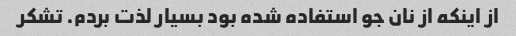
از اینکه از نان جو استفاده شده بود بسیار لذت بردم. تشکر